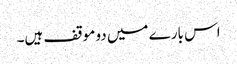
اس بارے میں دو موقف ہیں۔